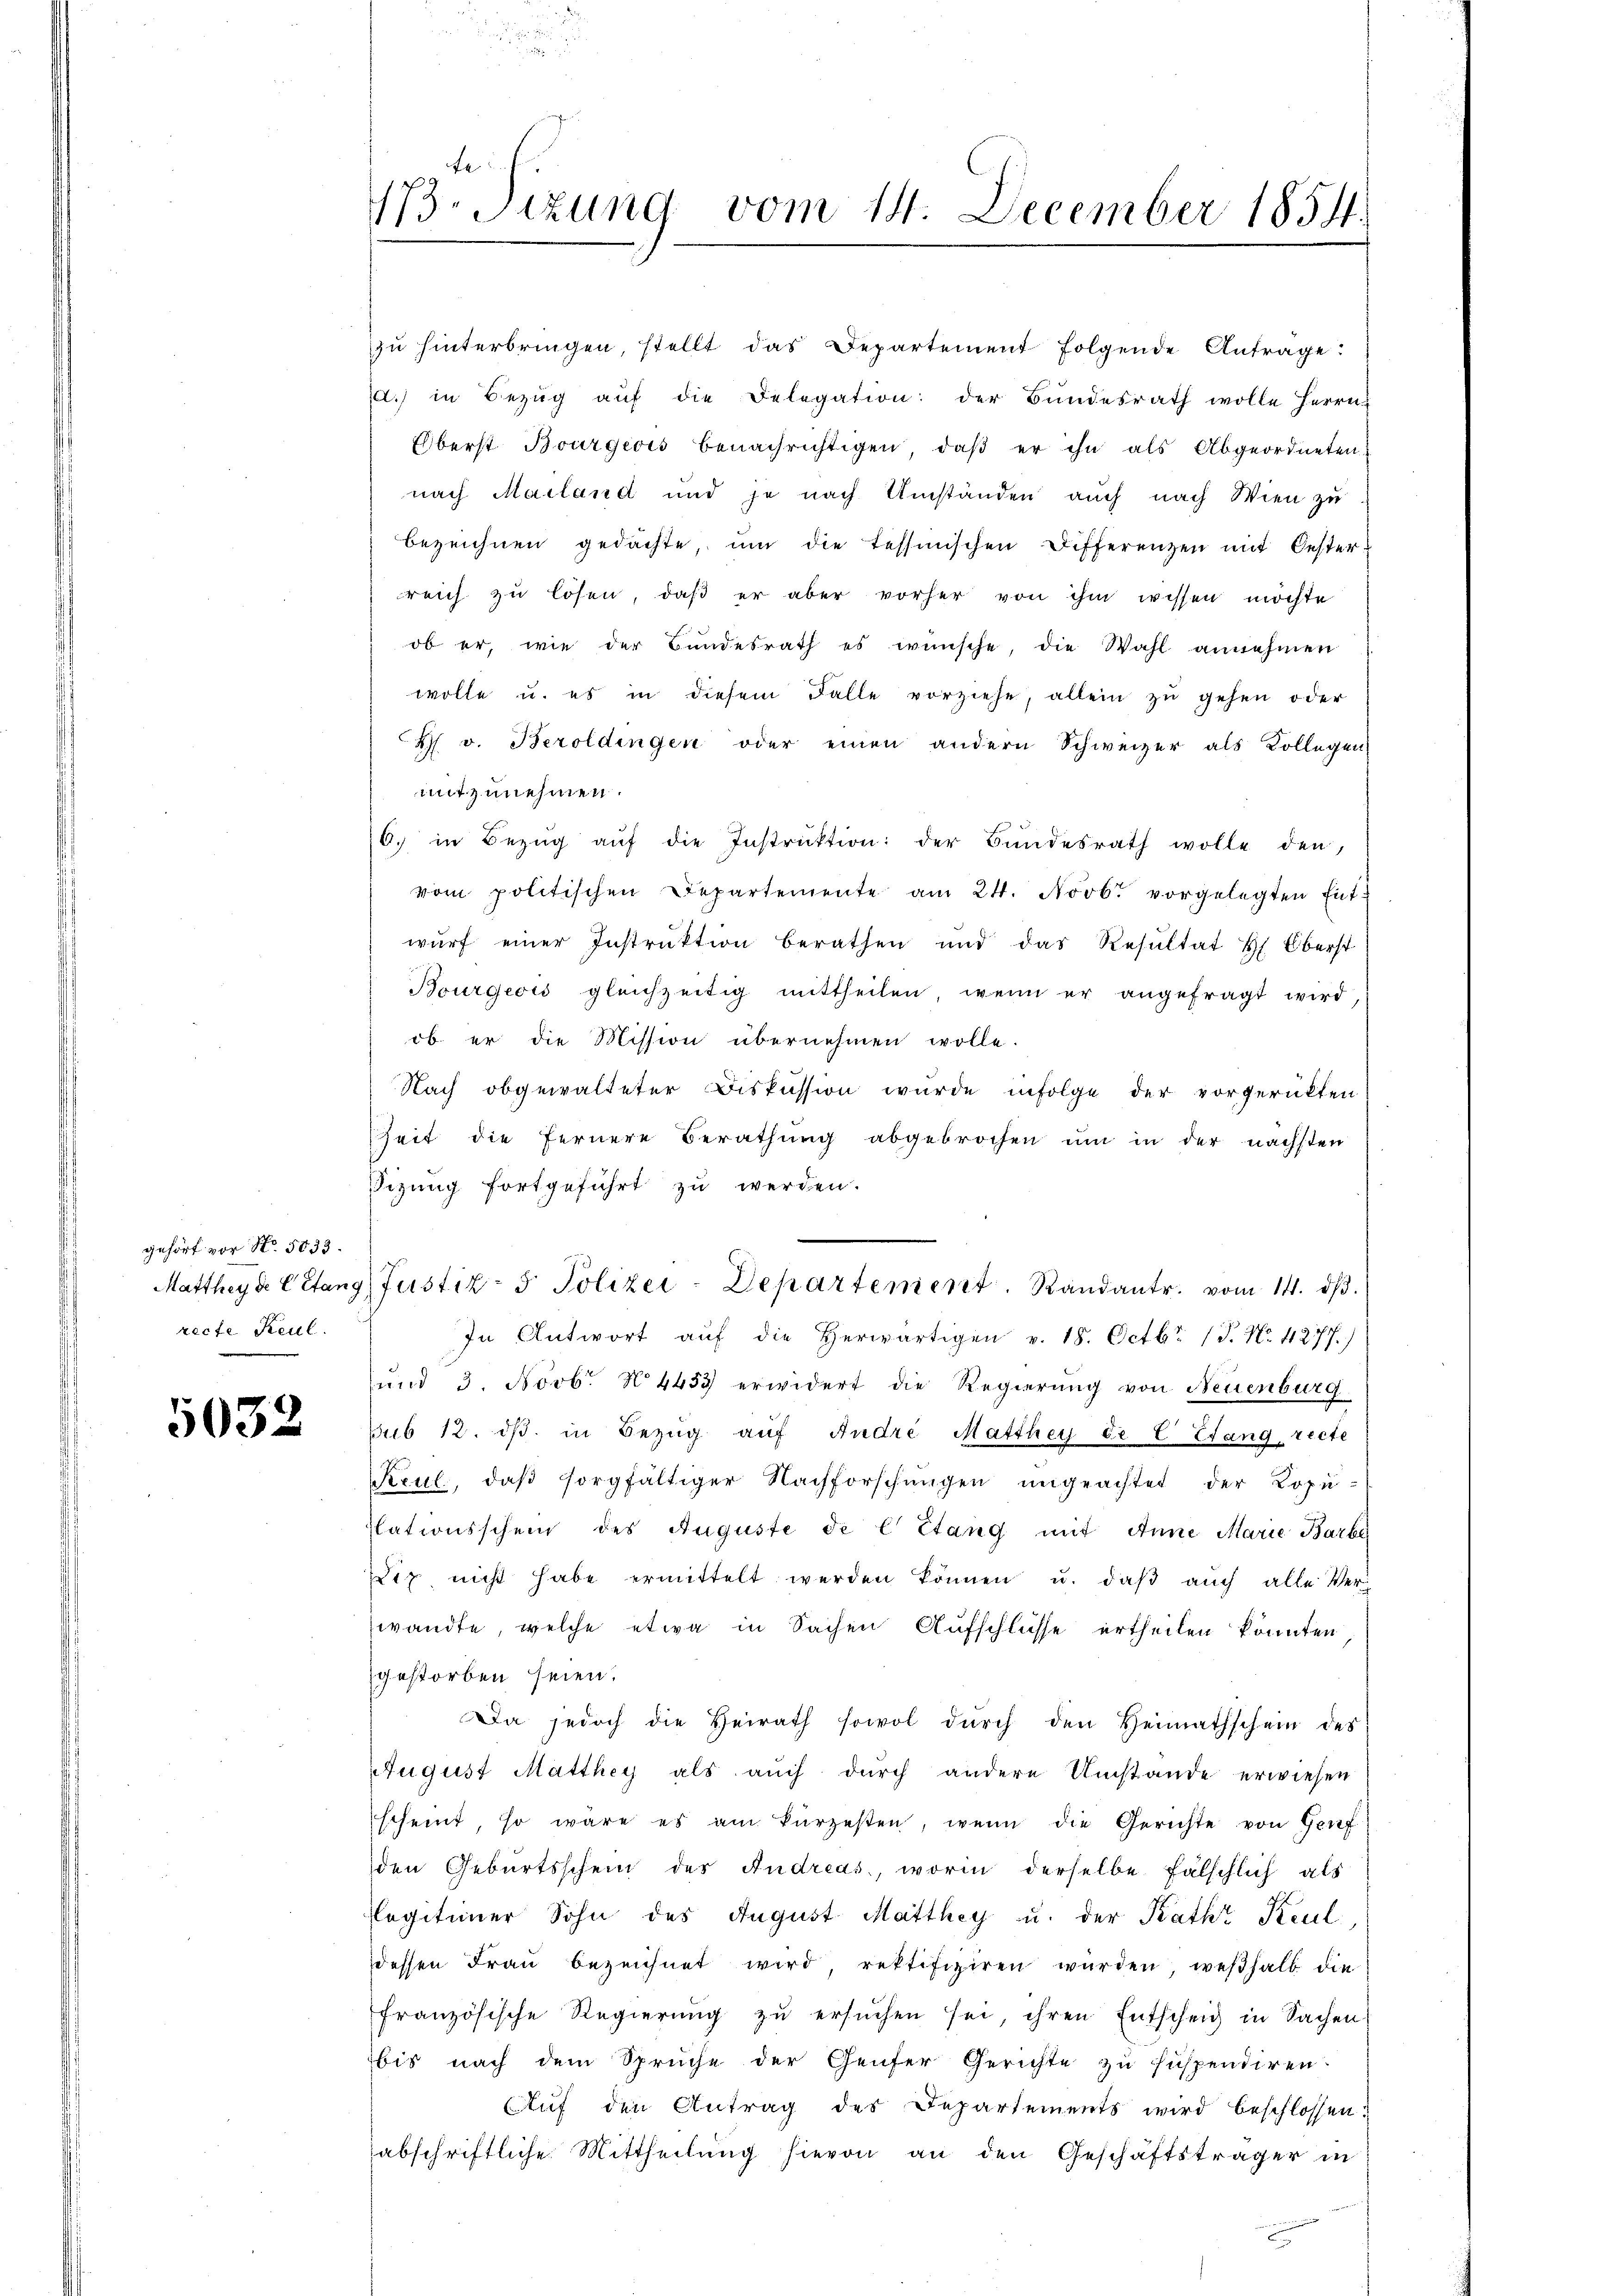
gehört vor No. 5033.
recte Keul.

5032

173. Sitzung vom 14. December 1854.

Oberst Bourgeois benachrichtigen, daß er ihn als Abgeordneten,
nach Mailand und je nach Umständen auch nach Wien zu
bezeichnen gedachte, ŭm die tessinischen Differenzen mit Oester-
reich zu lösen, daß er aber vorher von ihm wissen möchte
ob er, wie der Bundesrath es wünsche, die Wahl annehmen
wolle u. es in diesem Falle vorziehe, allein zŭ gehen oder
4 v. Beroldingen oder einen andern Schweizer als Kollegen-
mitzunehmen.
6. in Bezŭg aŭf die Instrŭktion der Bundesrath wolle den,
vom politischen Departemente am 24. Novbr. vorgelegten Entwŭrf einer Instrŭktion berathen und das Resŭltat Hr. Oberst
Bourgeois gleichzeitig mittheilen, wenn er angefragt wird
ob er die Mission übernehmen wolle.
Nach obgewalteter Diskussion wurde infolge der vorgerükten
Zeit die fernere Berathung abgebrochen ŭm in der nächsten
sizung fortgeführt zu werden.
Mattheyde Citang (Justiz- & Polizei-Departement. Randantr. vom 14. dβ.
In Antwort aŭf die herwärtigen v. 18. Octbr. 17. No. 4277.)
und 3. Novb. N. 4453 erwidert die Regierung von Neuenburg
sub 12. dβ. in Bezŭg aŭf Andre Matthey de C Efang, recte
Krul, daß sorgfältiger Nachforschungen ungeachtet der Kopu-
slationsschein des Auguste de l Stang mit Anne Marie Barbe
Diz nicht habe ermittelt werden können u. daβ aŭch alle Verwandte, welche etwa in Sachen Aufschlüsse ertheilen könnten
gestorben seien.
Da jedoch die Heirath sowol dŭrch den Heimathschein des
AAugust Matthey als auch durch andere Umstände erwiesen
scheint, so wäre es am kürzesten, wenn die Gerichte von Genf
den Geburtsschein des Andreas, worin derselbe fälschlich als
Legitimer Sohn des August Matthey u. der Rath Keul
dessen Frau bezeichnet wird rektifiziren wurden, weßhalb die
französische Regierŭng zŭ ersŭchen sei, ihren Entscheid in Sachen
bis nach dem Spruche der Genfer Gerichte zu suspendiren.
Auf den Antrag des Departements wird beschlossen:
abschriftliche Mittheilung hievon an den Geschäftsträger in

zŭ hinterbringen, stellt das Departement folgende Anträge:
d.) in Bezŭg aŭf die Delegation: der Bŭndesrath wolle Herrn